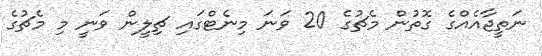
ނަތީޖާއެއްގެ ގޮތުން މެޗުގެ 20 ވަނަ މިނެޓްގައި ޗިލީން ވަނީ މި މެޗުގެ